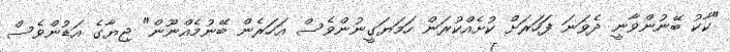
"ކާކު ބޭނުންވާނީ ދެވަނަ ފަހަރަށް ކުށެއްކުރަން ހަމަޔަގީނުންވެސް އަހަރެން ބޭނުމެއްނޫން" ޖިޔާގެ އަޑުންވެސް